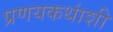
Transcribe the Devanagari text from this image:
प्रणयकथांशी